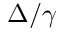
\Delta / \gamma